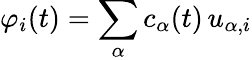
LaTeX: \varphi_{i}(t)=\sum_{\alpha}c_{\alpha}(t)\, u_{\alpha,i}